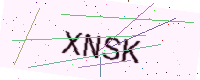
Text: XNSK